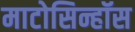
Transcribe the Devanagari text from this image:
माटोसिन्हॉस